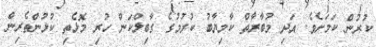
ކުރުން ކަމަށެވެ. އަދި މުބާރާތް ކާމިޔާބު ކުރުމުގެ ގާބިލްކަން ހުރި މޮޅެތި ކުޅުންތެރިން